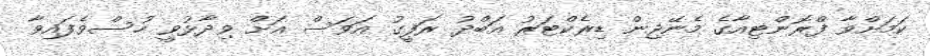
ކަމަށްވާ ފްރޮންޓިއާގެ މެނޭޖިން ޑިރެކްޓަރު އަބްދު ރަފީގު އަވަސް އަށް ވިދާޅުވީ ހުސްވެފައިވާ